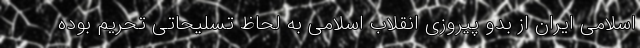
اسلامی ایران از بدو پیروزی انقلاب اسلامی به لحاظ تسلیحاتی تحریم بوده